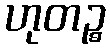
ဟုတဉ္စ